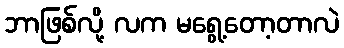
ဘာဖြစ်လို့ လက မရွေ့တော့တာလဲ